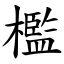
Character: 檻